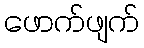
ဖောက်ဖျက်